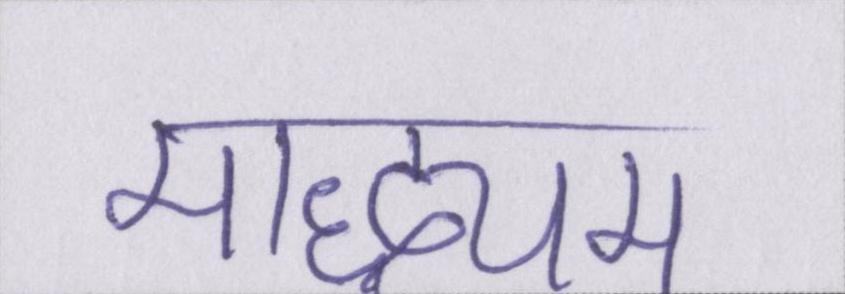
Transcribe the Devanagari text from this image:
माद्ध्यम